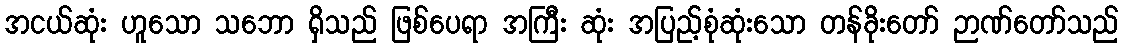
အငယ်ဆုံး ဟူသော သဘော ရှိသည် ဖြစ်ပေရာ အကြီး ဆုံး အပြည့်စုံဆုံးသော တန်ခိုးတော် ဉာဏ်တော်သည်